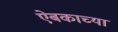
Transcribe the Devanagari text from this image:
ऐबकाच्या